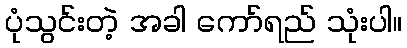
ပုံသွင်းတဲ့ အခါ ကော်ရည် သုံးပါ။